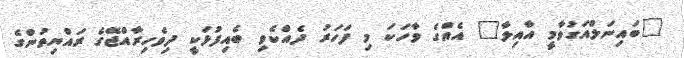
"ބައިނަލްއަގުވާމީ އާއިލާ" އެއްގެ ވާހަކަ މި ފަހަރު ދެއްކެވި ބެއިފުޅަކީ ދިވެހިރާއްޖޭގެ ރައްޔިތުންގެ